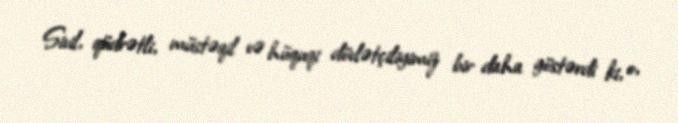
Sivil, qüdrətli, müstəqil və hüquqi dövlətçiliyimiz bir daha göstərdi ki, o,